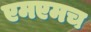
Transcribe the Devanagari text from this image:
एमएमच